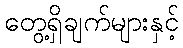
တွေ့ရှိချက်များနှင့်